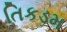
તિકડમ